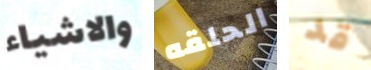
والاشياء الحلقه قد